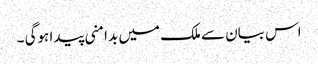
اس بیان سے ملک میں بدامنی پیدا ہوگی ۔